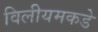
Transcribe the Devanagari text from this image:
विलीयमकडे